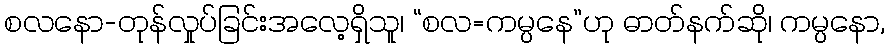
စလနော-တုန်လှုပ်ခြင်းအလေ့ရှိသူ၊ “စလ=ကမ္ပနေ”ဟု ဓာတ်နက်ဆို၊ ကမ္ပနော,